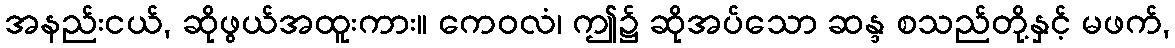
အနည်းငယ်, ဆိုဖွယ်အထူးကား။ ကေဝလံ၊ ဤ၌ ဆိုအပ်သော ဆန္ဒ စသည်တို့နှင့် မဖက်,